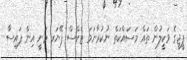
ޕީޖީގެ ވަކީލުން ތައް މަސައްކަތް ނުކުރާނަމަ ޓެކްސް ޕޭޔަރ މަނީ އިން ފައިސާ